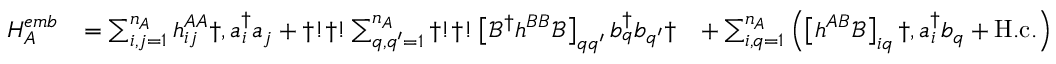
\begin{array} { r l r } { H _ { A } ^ { e m b } } & { = \sum _ { i , j = 1 } ^ { n _ { A } } h _ { i j } ^ { A A } \dag , a _ { i } ^ { \dagger } a _ { j } + \dag ! \dag ! \sum _ { q , q ^ { \prime } = 1 } ^ { n _ { A } } \dag ! \dag ! \left[ \mathcal { B } ^ { \dagger } h ^ { B B } \mathcal { B } \right] _ { q q ^ { \prime } } b _ { q } ^ { \dagger } b _ { q ^ { \prime } } \dag } & { + \sum _ { i , q = 1 } ^ { n _ { A } } \left( \left[ h ^ { A B } \mathcal { B } \right] _ { i q } \dag , a _ { i } ^ { \dagger } b _ { q } + \mathrm { H . c . } \right) } \end{array}